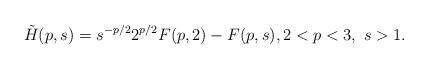
LaTeX: \begin{align*}\tilde H(p, s) = s^{-p/2}2^{p/2}F(p,2) - F(p,s), 2 < p < 3,\ s > 1.\end{align*}